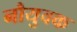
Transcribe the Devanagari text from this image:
नौयुवक